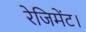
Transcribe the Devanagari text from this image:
रेजिमेंट।